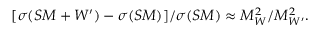
[ \sigma ( S M + W ^ { \prime } ) - \sigma ( S M ) ] / \sigma ( S M ) \approx M _ { W } ^ { 2 } / M _ { W ^ { \prime } } ^ { 2 } .